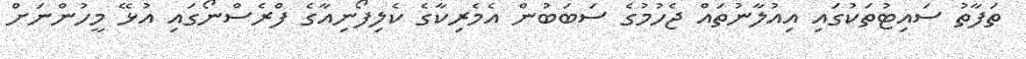
ތަފާތު ސައިޓުތަކުގައި އިއުލާނުތައް ޖެހުމުގެ ސަބަބުން އެމެރިކާގެ ކެލިފޯނިއާގެ ފްރެސްނޯގައި އުޅޭ މީހުންނަށް